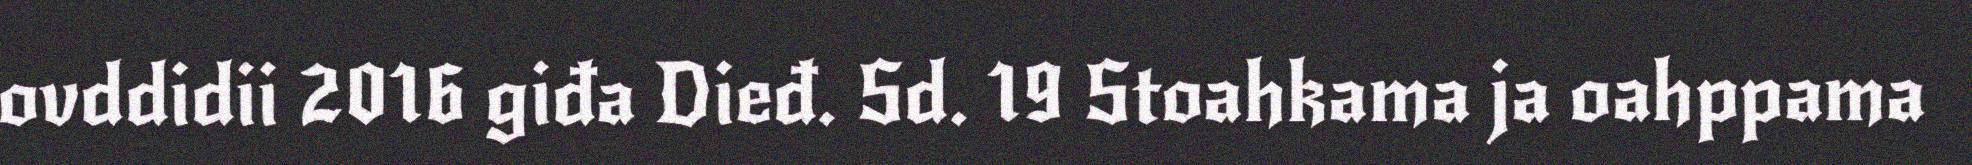
ovddidii 2016 giđa Dieđ. Sd. 19 Stoahkama ja oahppama